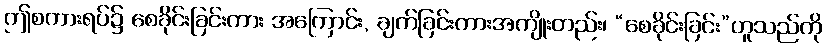
ဤစကားရပ်၌ စေခိုင်းခြင်းကား အကြောင်း, ချက်ခြင်းကားအကျိုးတည်း၊ “စေခိုင်းခြင်း”ဟူသည်ကို